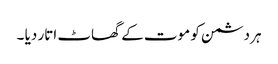
ہر دشمن کو موت کے گھاٹ اتار دیا ۔